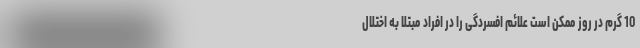
10 گرم در روز ممکن است علائم افسردگی را در افراد مبتلا به اختلال